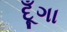
દૂઁગા